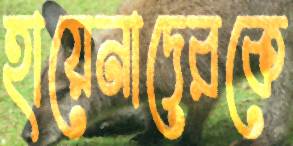
হায়েনাদেরকে